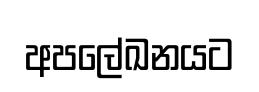
අපලේඛනයට